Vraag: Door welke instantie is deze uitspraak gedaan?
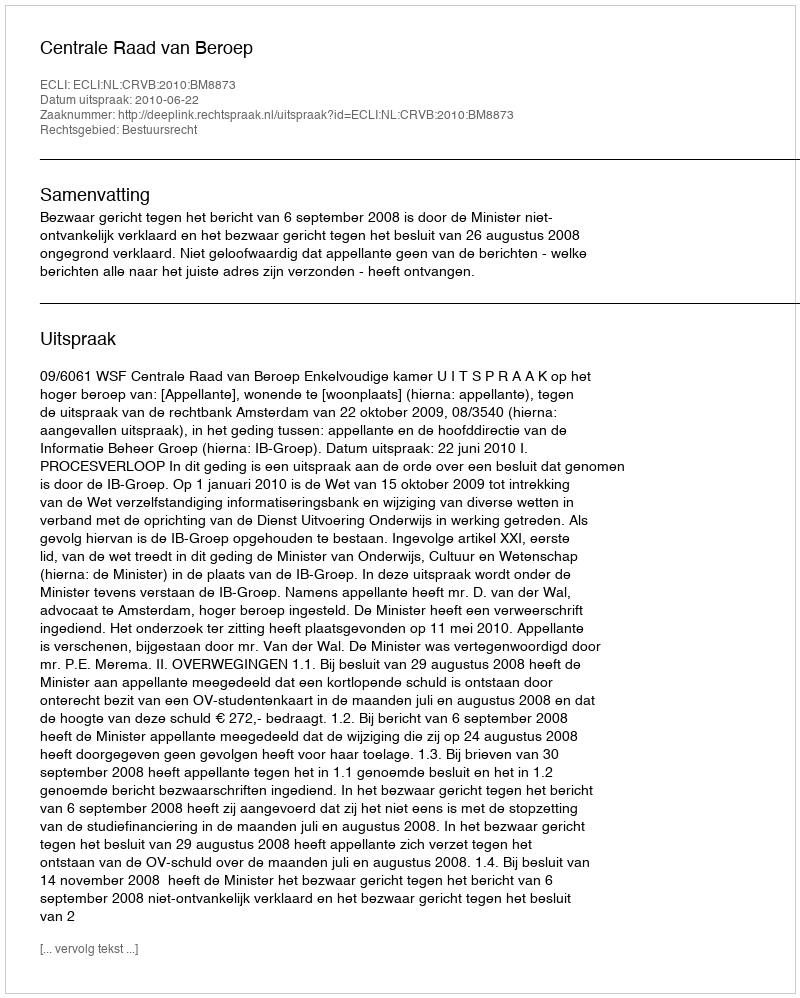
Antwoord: Centrale Raad van Beroep